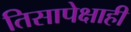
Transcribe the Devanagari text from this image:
तिसापेक्षाही